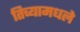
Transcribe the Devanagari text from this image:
तिच्यामधले